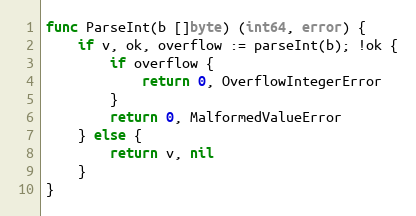
Language: Go
func ParseInt(b []byte) (int64, error) {
	if v, ok, overflow := parseInt(b); !ok {
		if overflow {
			return 0, OverflowIntegerError
		}
		return 0, MalformedValueError
	} else {
		return v, nil
	}
}